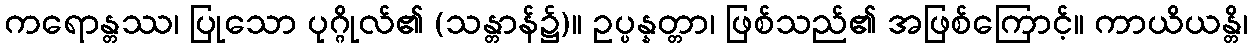
ကရောန္တဿ၊ ပြုသော ပုဂ္ဂိုလ်၏ (သန္တာန်၌)။ ဥပ္ပန္နတ္တာ၊ ဖြစ်သည်၏ အဖြစ်ကြောင့်။ ကာယိယန္တိ၊